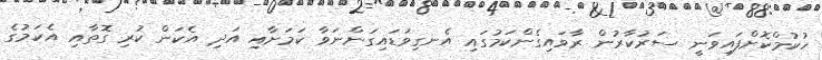
ހުކުމްކޮށްފައިވަނީ ސަރުކާރުން ރާވައިގެންކަމުގައި އެނގިވަޑައިގަންނަވާ ކަމަށާއި އަދި އެކަން ކުރި ގޮތާއި އެކަމުގެ